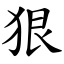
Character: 狠